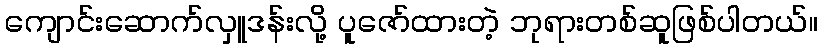
ကျောင်းဆောက်လှူဒန်းလို့ ပူဇော်ထားတဲ့ ဘုရားတစ်ဆူဖြစ်ပါတယ်။